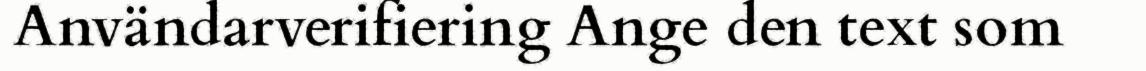
Användarverifiering Ange den text som